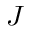
J